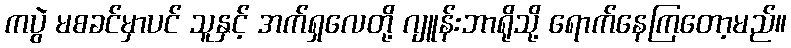
ကပွဲ မစခင်မှာပင် သူနှင့် အက်ရှလေတို့ ဂျူန်းဘာရိုသို့ ရောက်နေကြတော့မည်။